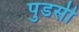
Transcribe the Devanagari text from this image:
पुडसी